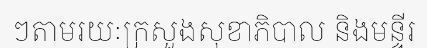
ៗតាមរយៈក្រសួងសុខាភិបាល និងមន្ទីរ